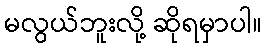
မလွယ်ဘူးလို့ ဆိုရမှာပါ။